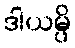
ဒါယမ္ပိ